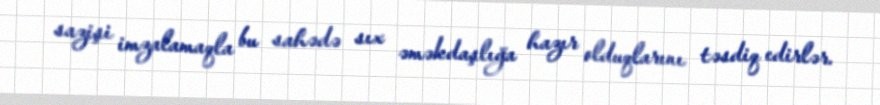
sazişi imzalamaqla bu sahədə sıx əməkdaşlığa hazır olduqlarını təsdiq edirlər.